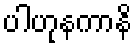
ပါဟုနကာနိ